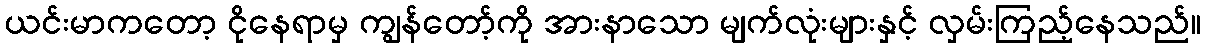
ယင်းမာကတော့ ငိုနေရာမှ ကျွန်တော့်ကို အားနာသော မျက်လုံးများနှင့် လှမ်းကြည့်နေသည်။